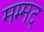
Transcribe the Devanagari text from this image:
मम्मद